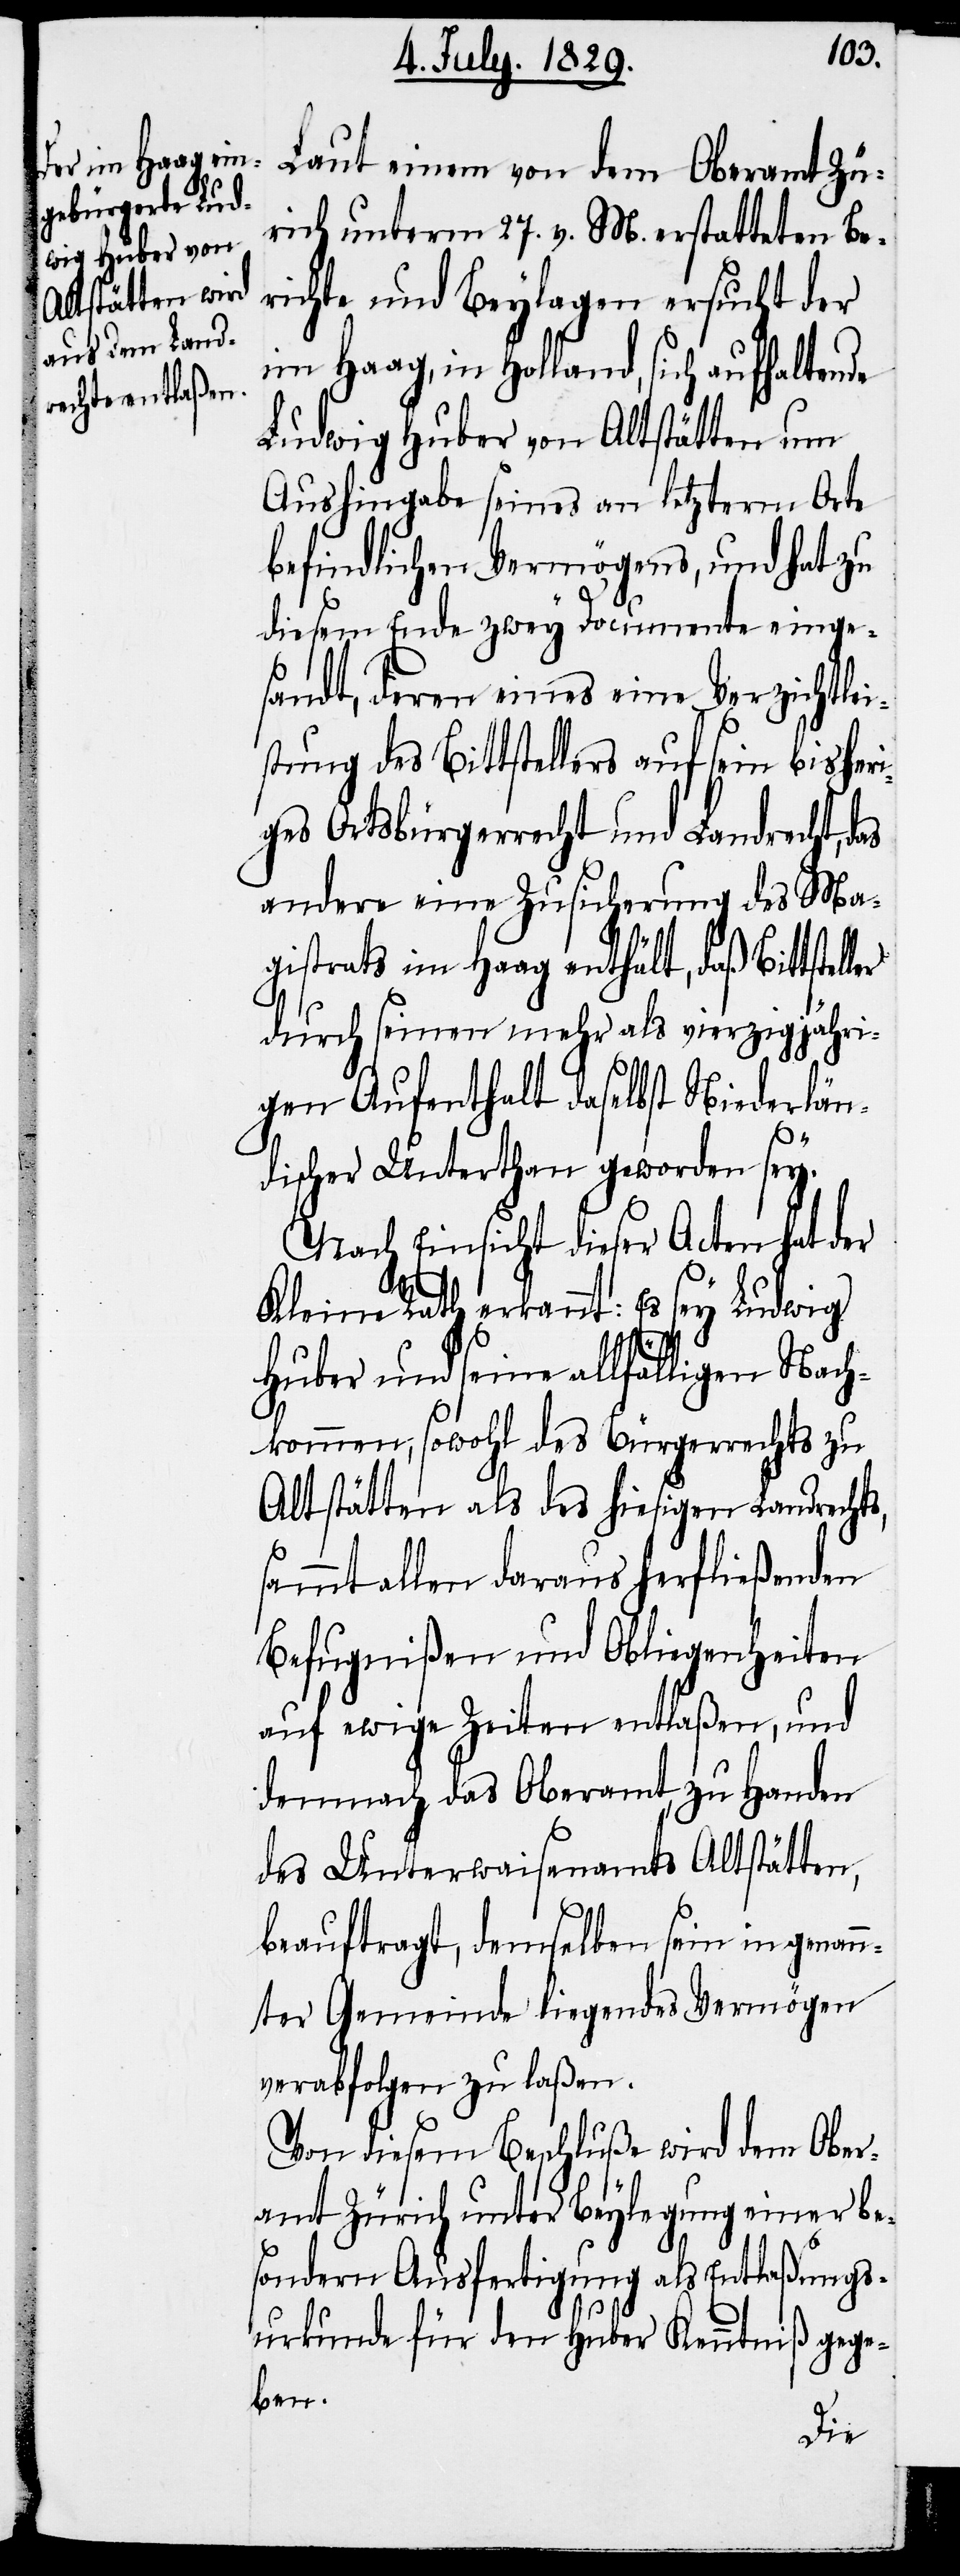
rich unterm 27. v. M. erstatteten Be¬
richte und Beylagen ersucht der
im Haag, in Holland, sich aufhaltende
Ludwig Huber von Altstätten um
Aushingabe seines an letzterm Orte
befindlichen Vermögens, und hat zu
diesem Ende zwey Documente einge¬
sandt, deren eines eine Verzichtlei¬
stung des Bittstellers auf sein bisheri¬
ges Ortsbürgerrecht und Landrecht, d¬
andere eine Zusicherung des Ma¬
gistrats im Haag enthält, daß Bittstel¬
durch seinen mehr als vierzigjähri¬
gen Aufenthalt daselbst Niederlän¬
discher Unterthan geworden sey.
Nach Einsicht dieser Acten hat der
ler
Kleine Rath erkannt: Es sey Ludwig
Huber und seine allfälligen Nach¬
kommen, sowohl des Bürgerrechts zu
Altstätten als des hiesigen Landrechts,
sammt allen daraus herfließenden
Befugnißen und Obliegenheiten
auf ewige Zeiten entlaßen, und
demnach das Oberamte, zu Handen
des Unterwaisenamts Altstätten
beauftragt, demselben sein in genan¬
nter Gemeinde liegendes Vermögen
verabfolgen zu laßen.
Von diesem Beschluße wird dem Ober¬
amt Zürich unter Beylegung einer be¬
sondern Ausfertigung als Entlaßungs¬
urkunde für den Huber Kenntniß gege¬
ben.